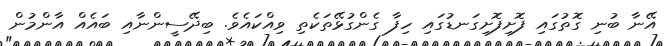
އޭނާ ބުނި ގޮތުގައި ފޮށިފޮށިގަނޑުގައި ހިފާ ގެންގުޅޭތަކެތި ވިއްކައެވެ. ބިދޭސީންނާއި ބައެއް އާންމުން